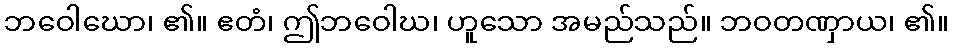
ဘဝေါဃော၊ ၏။ ဧတံ၊ ဤဘဝေါဃ၊ ဟူသော အမည်သည်။ ဘဝတဏှာယ၊ ၏။